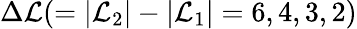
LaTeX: \Delta\mathcal{L}(=\left\lvert\mathcal{L}_{2}\right\lvert-\left\lvert\mathcal{L}_{1}\right\lvert=6,4,3,2)